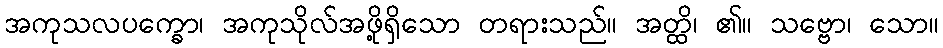
အကုသလပက္ခော၊ အကုသိုလ်အဖို့ရှိသော တရားသည်။ အတ္ထိ၊ ၏။ သဗ္ဗော၊ သော။